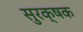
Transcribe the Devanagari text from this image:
सुरक्षक